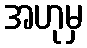
အဟုမှ